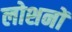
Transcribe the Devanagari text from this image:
लोशनों